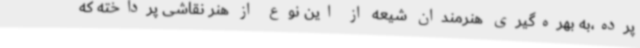
پرده،به بهره‌گیری هنرمندان شیعه از این نوع از هنر نقاشی پرداخته که